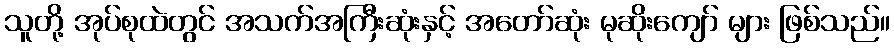
သူတို့ အုပ်စုထဲတွင် အသက်အကြီးဆုံးနှင့် အတော်ဆုံး မုဆိုးကျော် များ ဖြစ်သည်။